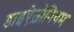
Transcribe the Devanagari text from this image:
डाइऐज़ोनियम